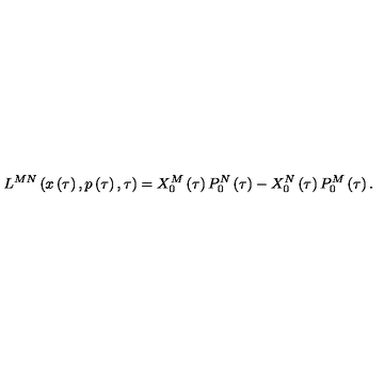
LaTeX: L ^ { M N } \left( x \left( \tau \right) , p \left( \tau \right) , \tau \right) = X _ { 0 } ^ { M } \left( \tau \right) P _ { 0 } ^ { N } \left( \tau \right) - X _ { 0 } ^ { N } \left( \tau \right) P _ { 0 } ^ { M } \left( \tau \right) .